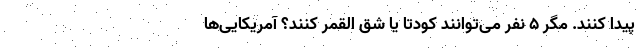
پیدا کنند. مگر ۵ نفر می‌توانند کودتا یا شق القمر کنند؟ آمریکایی‌ها